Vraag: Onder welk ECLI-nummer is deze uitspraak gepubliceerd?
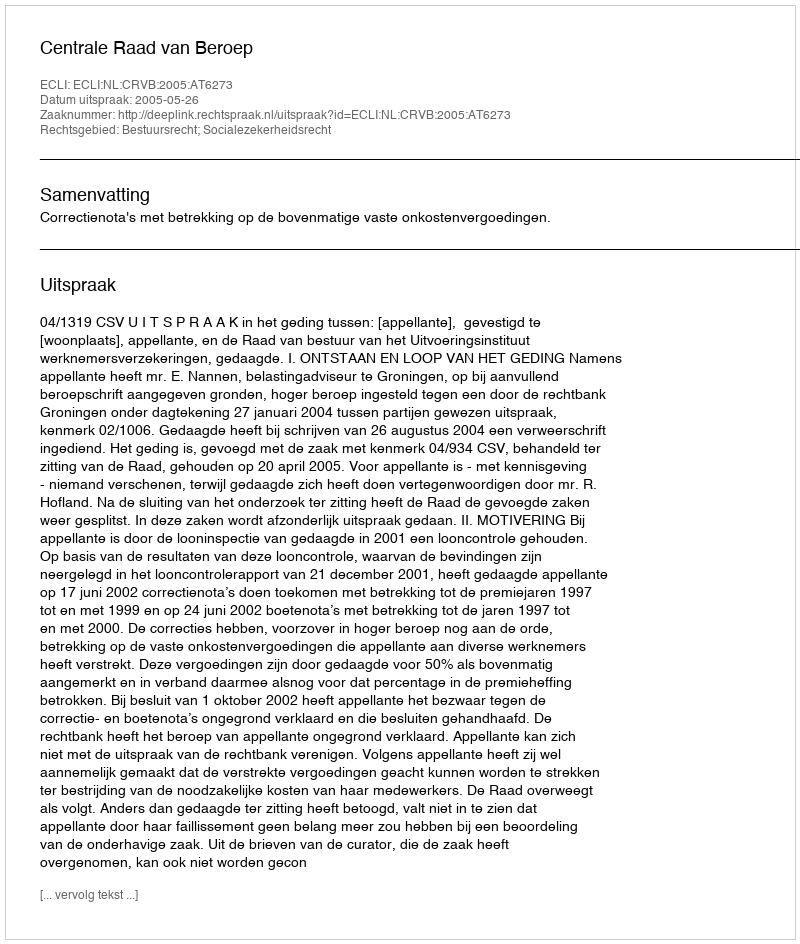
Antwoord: ECLI:NL:CRVB:2005:AT6273